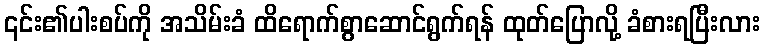
၎င်း၏ပါးစပ်ကို အသိမ်းခံ ထိရောက်စွာဆောင်ရွက်ရန် ထုတ်ပြောလို့ ခံစားရပြီးလား